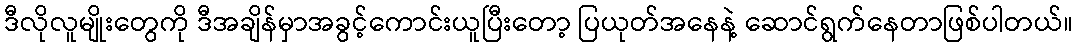
ဒီလိုလူမျိုးတွေကို ဒီအချိန်မှာအခွင့်ကောင်းယူပြီးတော့ ပြယုတ်အနေနဲ့ ဆောင်ရွက်နေတာဖြစ်ပါတယ်။